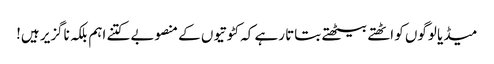
میڈیا لوگوں کو اٹھتے بیٹھتے بتاتا رہے کہ کٹوتیوں کے منصوبے کتنے اہم بلکہ ناگزیر ہیں!